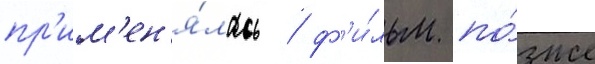
пр'им'ен'я́лась / ф'и́льм по́зже